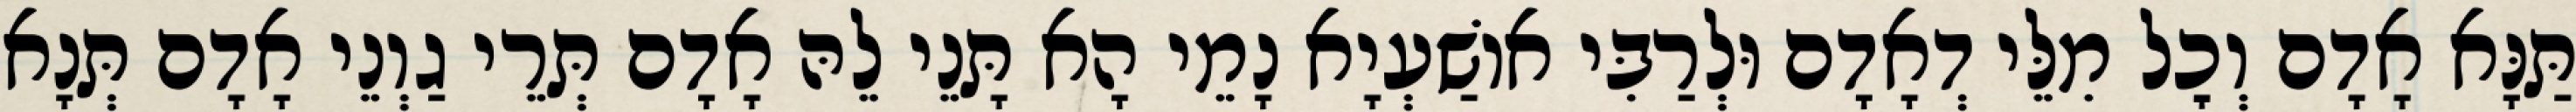
תַּנָּא אָדָם וְכׇל מִלֵּי דְאָדָם וּלְרַבִּי אוֹשַׁעְיָא נָמֵי הָא תָּנֵי לֵהּ אָדָם תְּרֵי גַוְנֵי אָדָם תְּנָא